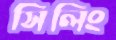
সিলিং